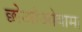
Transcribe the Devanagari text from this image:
छोओओयामा